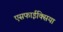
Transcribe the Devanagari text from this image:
एसफाईक्सिया